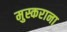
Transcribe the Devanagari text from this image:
मुस्कराना